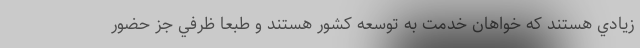
زيادي هستند كه خواهان خدمت به توسعه كشور هستند و طبعا ظرفي جز حضور